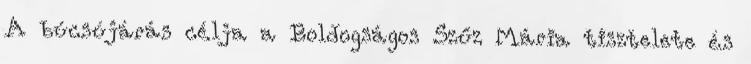
A búcsújárás célja a Boldogságos Szűz Mária tisztelete és